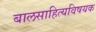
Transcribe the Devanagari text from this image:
बालसाहित्यविषयक